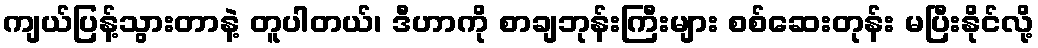
ကျယ်ပြန့်သွားတာနဲ့ တူပါတယ်၊ ဒီဟာကို စာချဘုန်းကြီးများ စစ်ဆေးတုန်း မပြီးနိုင်လို့